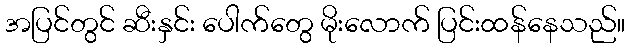
အပြင်တွင် ဆီးနှင်း ပေါက်တွေ မိုးလောက် ပြင်းထန်နေသည်။